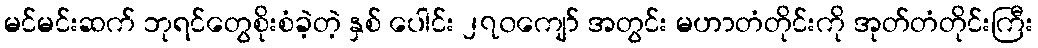
မင်မင်းဆက် ဘုရင်တွေစိုးစံခဲ့တဲ့ နှစ် ပေါင်း ၂၇၀ကျော် အတွင်း မဟာတံတိုင်းကို အုတ်တံတိုင်းကြီး